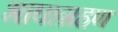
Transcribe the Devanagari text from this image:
भाषाग्रहण